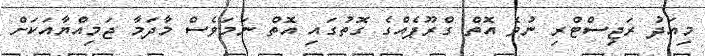
މިއަދު ރަޖިސްޓްރި ނުވެ އޮތް ގްރޫޕެއްގެ ގޮތުގައި އޮތް ނަމަވެސް މާދަމާ ޖަމިއްޔާއަކަށް